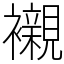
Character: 襯